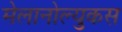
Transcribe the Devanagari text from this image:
मेलानोल्युकस